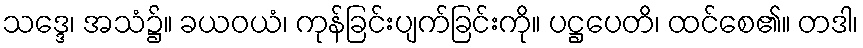
သဒ္ဒေ၊ အသံ၌။ ခယဝယံ၊ ကုန်ခြင်းပျက်ခြင်းကို။ ပဋ္ဌပေတိ၊ ထင်စေ၏။ တဒါ၊